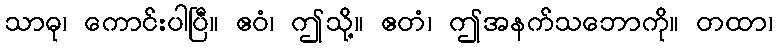
သာဓု၊ ကောင်းပါပြီ။ ဧဝံ၊ ဤသို့။ ဧတံ၊ ဤအနက်သဘောကို။ တထာ၊